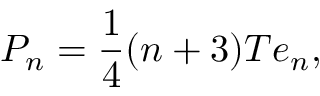
P _ { n } = { \frac { 1 } { 4 } } ( n + 3 ) T e _ { n } ,